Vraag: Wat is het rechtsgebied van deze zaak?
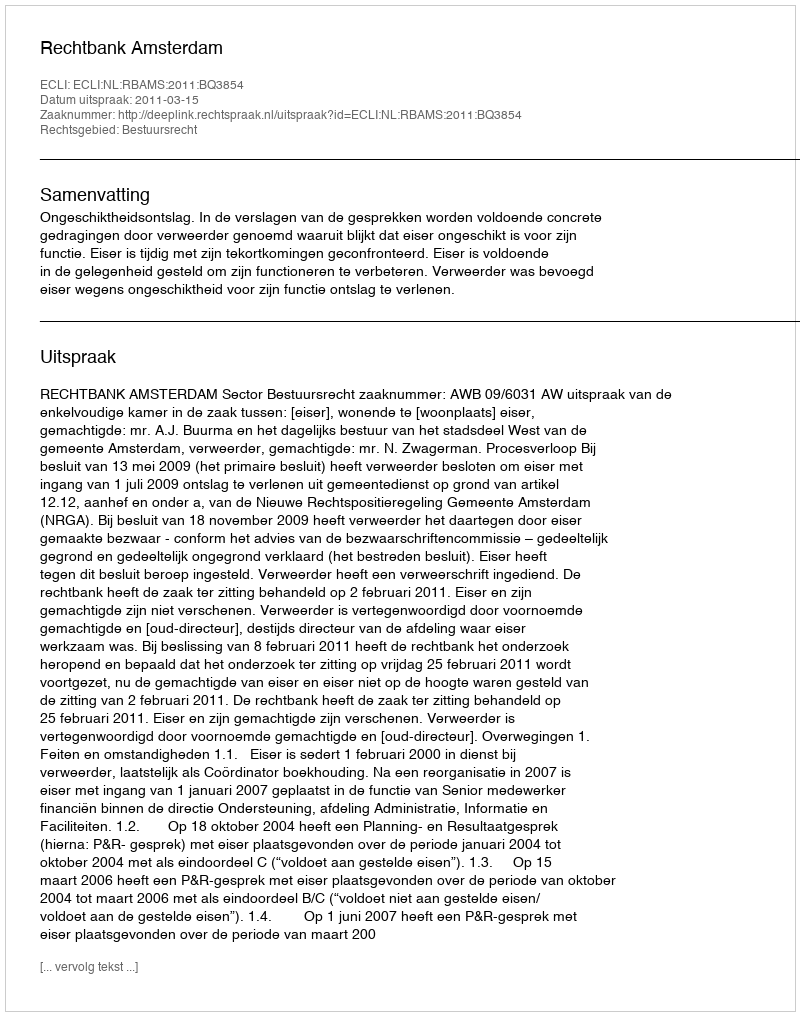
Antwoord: Bestuursrecht